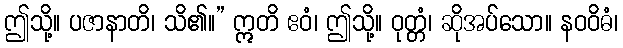
ဤသို့။ ပဇာနာတိ၊ သိ၏။” ဣတိ ဧဝံ၊ ဤသို့။ ဝုတ္တံ၊ ဆိုအပ်သော။ နဝဝိဓံ၊